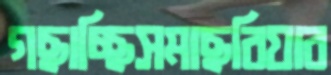
গছাচ্ছিসমাছবিয়ার